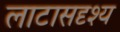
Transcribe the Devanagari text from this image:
लाटासदृश्य